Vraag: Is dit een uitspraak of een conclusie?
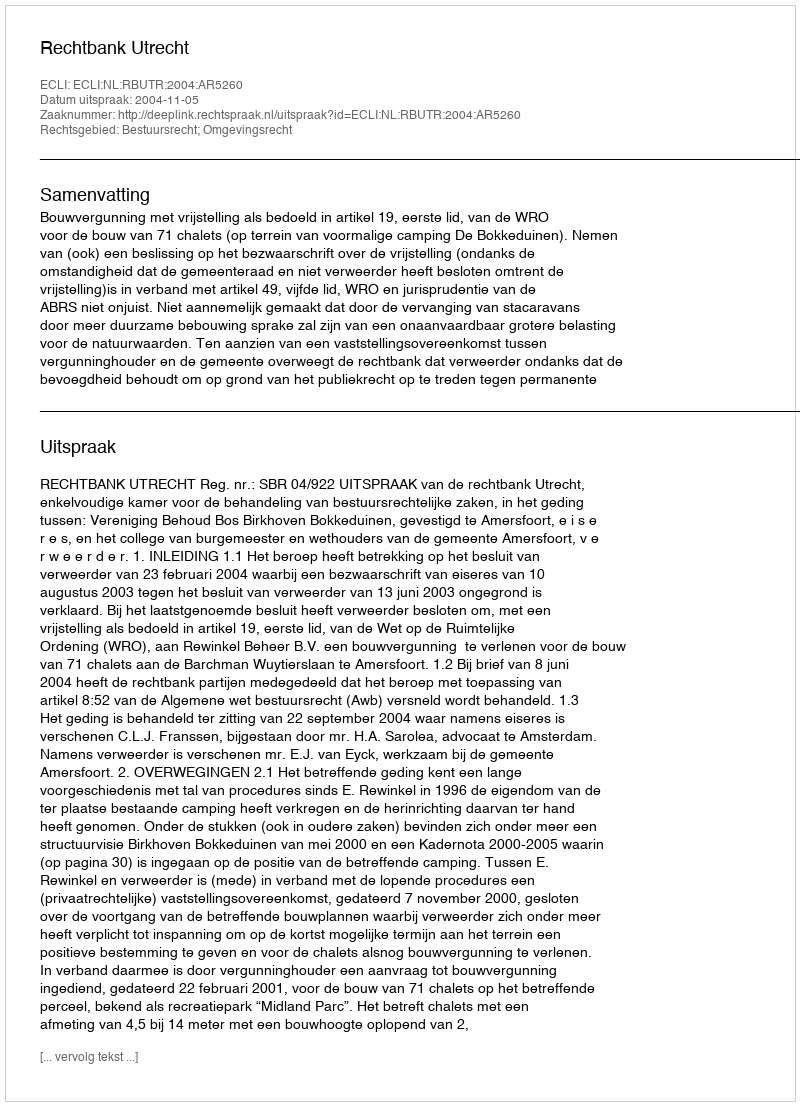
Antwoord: Uitspraak